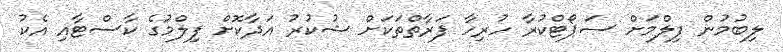
ލިބުމުން ފިލްމަށް ސަޕޯޓްކުރާ ހުރިހާ ފަރާތްތަކަށް ޝުކުރު އަދާކޮށް ފިލްމުގެ ކާސްޓާއި އެކު